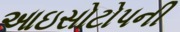
આઇસોટોપની